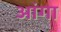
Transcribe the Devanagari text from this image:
आंगा